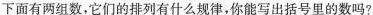
下面有两组数，它们的排列有什么规律，你能写出括号里的数吗？